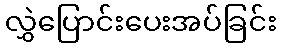
လွှဲပြောင်းပေးအပ်ခြင်း